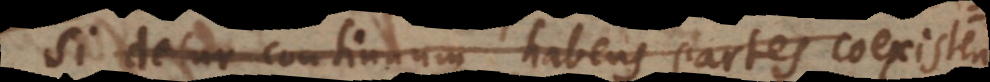
est totum continuum habens partes coexistentes.